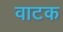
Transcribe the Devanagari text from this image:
वाटक